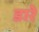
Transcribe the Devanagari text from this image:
डारे